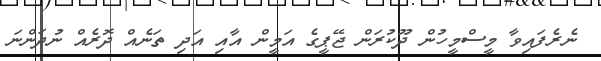
ނެރެފައިވާ މީސްމީހުން ދޫކުރަން ޖޭޕީގެ އަމީން އާއި އަދި ތަނެއް ދޮރެއް ނުދަންނަ